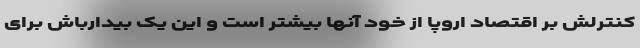
کنترلش بر اقتصاد اروپا از خود آنها بیشتر است و این یک بیدارباش برای